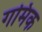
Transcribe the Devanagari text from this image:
गमिक